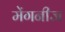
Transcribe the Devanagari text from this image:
मेंगनीज